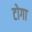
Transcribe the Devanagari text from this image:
टोगा